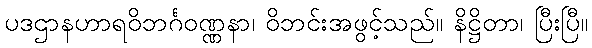
ပဒဌာနဟာရဝိဘင်္ဂဝဏ္ဏနာ၊ ဝိဘင်းအဖွင့်သည်။ နိဋ္ဌိတာ၊ ပြီးပြီ။